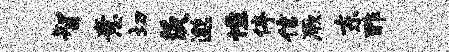
智意切茨邈憔停信厥东酢